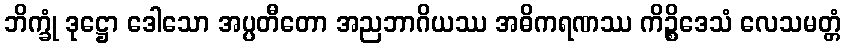
ဘိက္ခုံ ဒုဋ္ဌော ဒေါသော အပ္ပတီတော အညဘာဂိယဿ အဓိကရဏဿ ကိဉ္စိဒေသံ လေသမတ္တံ